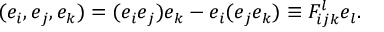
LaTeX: ( e _ { i } , e _ { j } , e _ { k } ) = ( e _ { i } e _ { j } ) e _ { k } - e _ { i } ( e _ { j } e _ { k } ) \equiv { \cal F } _ { i j k } ^ { l } e _ { l } .